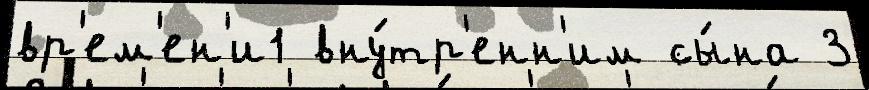
вр'ем'ен'и1 вну́тр'енн'им сы́на 3